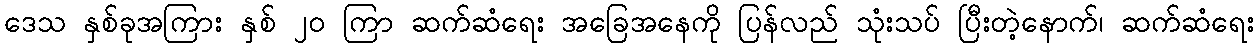
ဒေသ နှစ်ခုအကြား နှစ် ၂၀ ကြာ ဆက်ဆံရေး အခြေအနေကို ပြန်လည် သုံးသပ် ပြီးတဲ့နောက်၊ ဆက်ဆံရေး